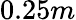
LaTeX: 0.25m